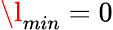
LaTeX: \l_{min}=0